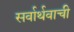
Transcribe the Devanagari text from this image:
सर्वार्थवाची